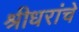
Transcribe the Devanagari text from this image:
श्रीधरांचे